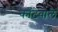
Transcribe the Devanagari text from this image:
काँटेवाले